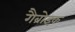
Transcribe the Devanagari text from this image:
गैब्रोइक